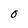
Character: O